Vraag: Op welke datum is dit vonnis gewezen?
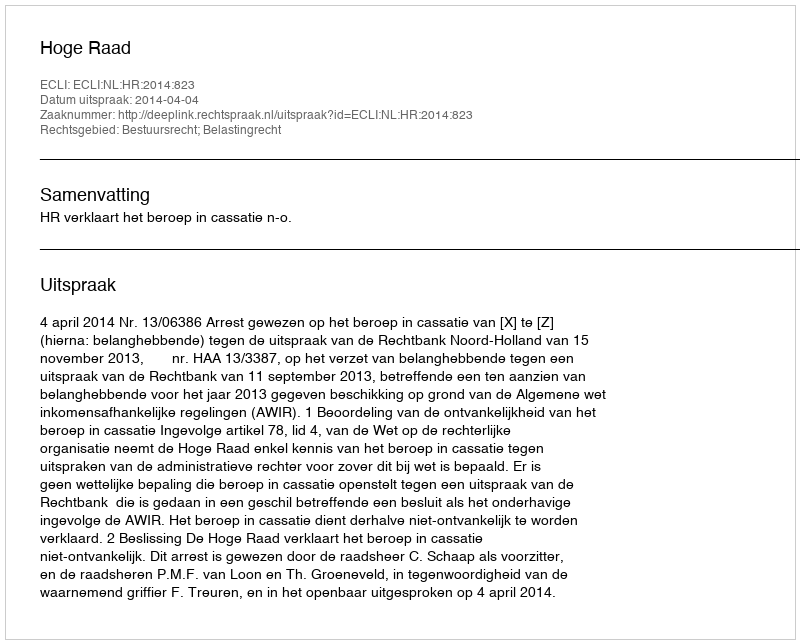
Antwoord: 2014-04-04